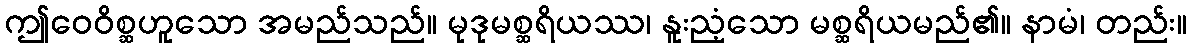
ဤဝေဝိစ္ဆဟူသော အမည်သည်။ မုဒုမစ္ဆရိယဿ၊ နူးညံ့သော မစ္ဆရိယမည်၏။ နာမံ၊ တည်း။